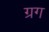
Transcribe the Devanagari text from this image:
ग्रग